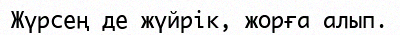
Жүрсең де жүйрік, жорға алып.